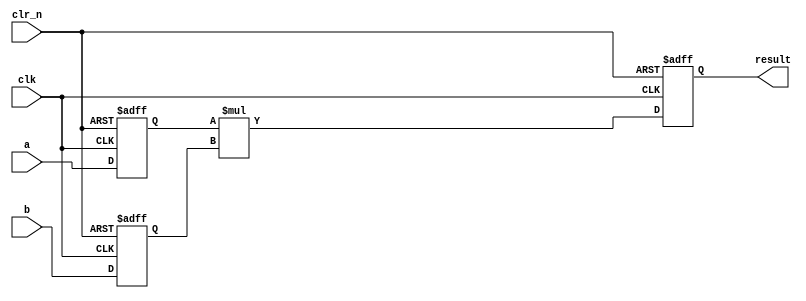
// This program was cloned from: https://github.com/sinkswim/veriloglib
// License: MIT License

module mult2i1o
#(parameter integer WIDTH = 8)
(
	input clk, clr_n,
	input [WIDTH-1:0] a, b,
	output reg [(WIDTH*2)-1:0] result
);

reg [WIDTH-1:0] atemp, btemp;

always @ (posedge clk, negedge clr_n)
begin
	if (!clr_n) begin
		atemp <= 0;
		btemp <= 0;
		result <= 0;
	end
	else begin
		atemp <= a;
		btemp <= b;
		result <= atemp * btemp;
	end
end

endmodule